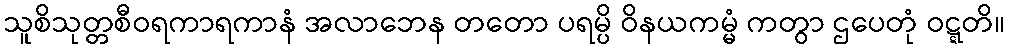
သူစိသုတ္တစီဝရကာရကာနံ အလာဘေန တတော ပရမ္ပိ ဝိနယကမ္မံ ကတွာ ဌပေတုံ ဝဋ္ဋတိ။